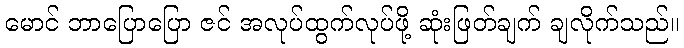
မောင် ဘာပြောပြော ဇင် အလုပ်ထွက်လုပ်ဖို့ ဆုံးဖြတ်ချက် ချလိုက်သည်။